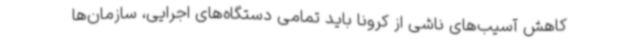
کاهش آسیب‌های ناشی از کرونا باید تمامی دستگاه‌های اجرایی، سازمان‌ها